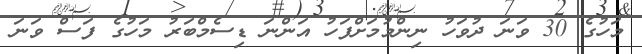
މަހުގެ 30 ވަނަ ދުވަހު ނިންމުމަށްފަހު އަންނަ ޑިސެމްބަރު މަހުގެ ފަސް ވަނަ